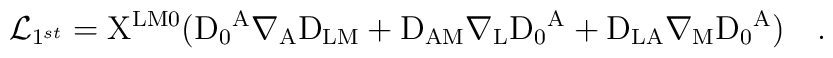
{\cal L}_{1^{st}}={\rm X^{L M 0}\big(D_0{}^A \nabla_A  D_{L M}+D_{A M}\nabla_L D_0{}^A + D_{L A}\nabla_M D_0{}^A \big)} ~~~.